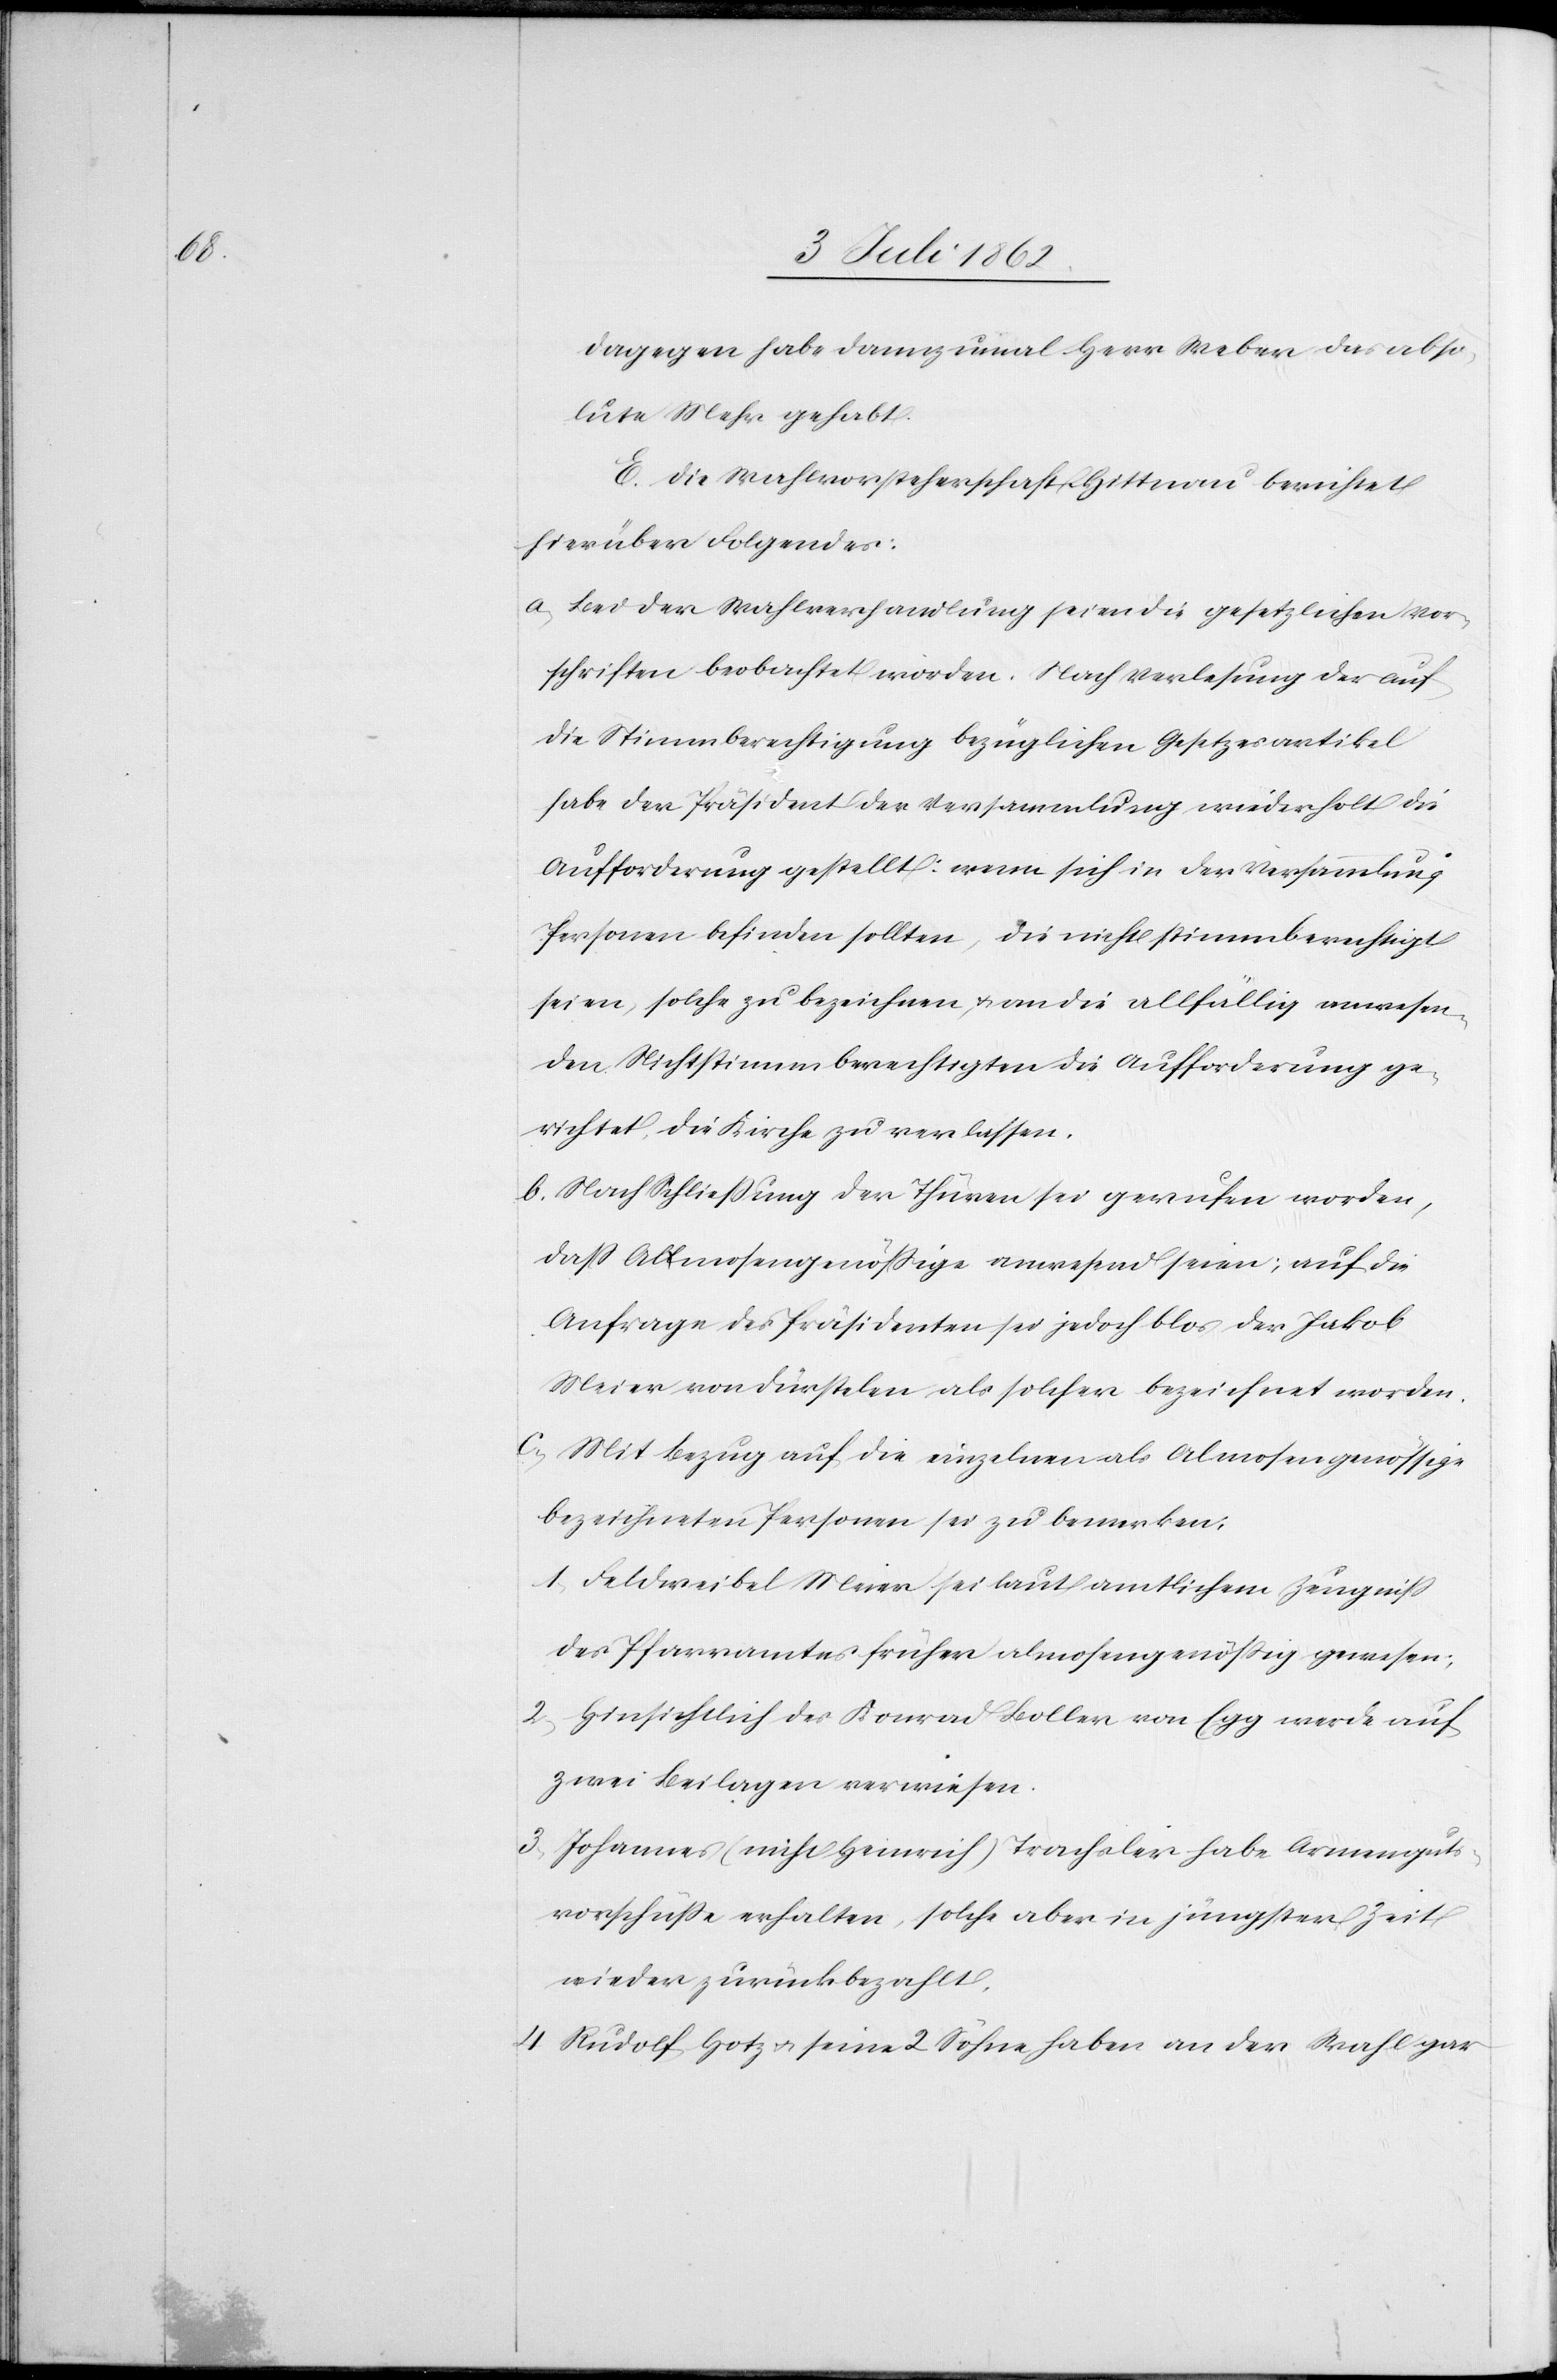
dagegen habe dannzumal Herr Weber das abso¬
lute Mehr gehabt.
E. Die Wahlvorsteherschaft Hittnau berichtet
hierüber Folgendes:
a. Bei der Wahlverhandlung seien die gesetzlichen Vor¬
schriften beobachtet worden. Nach Verlesung der auf
die Stimmberechtigung bezüglichen Gesetzesartikel
habe der Präsident der Versammlung wiederholt die
Aufforderung gestellt: wenn sich in der Versammlung
Personen befinden sollten, die nicht stimmberechtigt
seien, solche zu bezeichnen, u. an die allfällig anwesen¬
den Nichtstimmberechtigten die Aufforderung ge¬
richtet die Kirche zu verlassen.
b. Nach Schließung der Thüren sei gerufen worden,
daß Almosengenößige anwesend seien, auf die
Anfrage des Präsidenten sei jedoch blos der Jakob
Meier von Dürstelen als solcher bezeichnet worden.
c. Mit Bezug auf die einzelnen als Almosengenössige
bezeichneten Personen sei zu bemerken:
1. Feldweibel Meier sei laut amtlichem Zeugniß
des Pfarramtes früher almosengenößig gewesen;
2. Hinsichtlich des Konrad Boller von Egg werde auf
zwei Beilagen verwiesen.
3. Johannes (nicht Heinrich) Trachsler habe Armenguts¬
vorschüsse erhalten, solche aber in jüngster Zeit
wieder zurückbezahlt,
4. Rudolf Hotz u. seine 2 Söhne haben an der Wahl gar